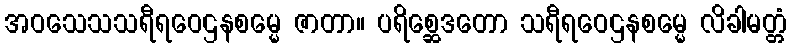
အဝသေသသရီရဝေဌနစမ္မေ ဇာတာ။ ပရိစ္ဆေဒတော သရီရဝေဌနစမ္မေ လိခါမတ္တံ